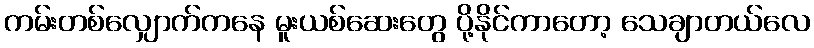
ကမ်းတစ်လျှောက်ကနေ မူးယစ်ဆေးတွေ ပို့နိုင်ကာတော့ သေချာတယ်လေ